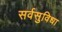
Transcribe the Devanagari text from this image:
सर्वसुविधा